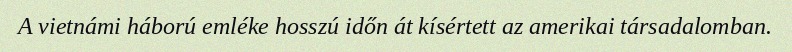
A vietnámi háború emléke hosszú időn át kísértett az amerikai társadalomban.